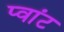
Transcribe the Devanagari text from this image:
प्वांट